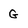
Character: G